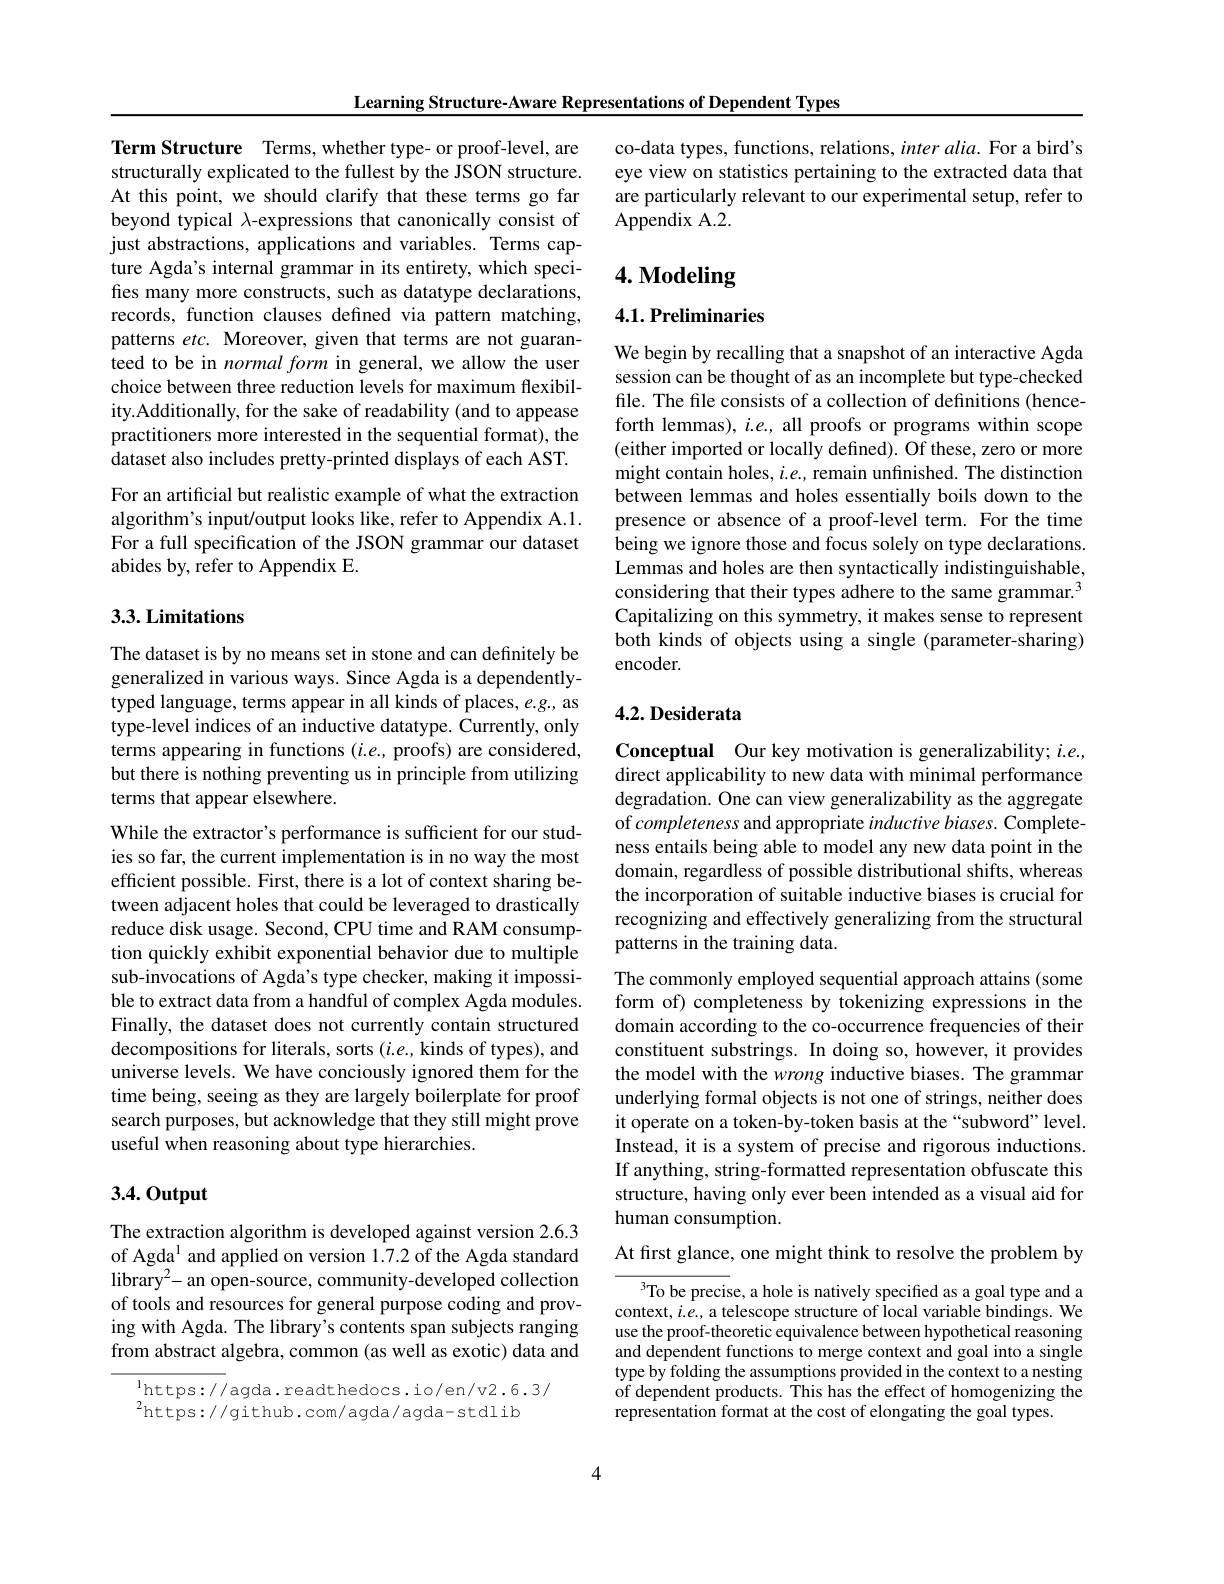
Learning Structure-Aware Representations of Dependent Types

Term Structure Terms, whether type- or proof-level, are structurally explicated to the fullest by the JSON structure. At this point, we should clarify that these terms go far beyond typical $\lambda$-expressions that canonically consist of just abstractions, applications and variables. Terms capture Agda's internal grammar in its entirety, which specifies many more constructs, such as datatype declarations, records, function clauses defined via pattern matching, patterns $etc.$ Moreover, given that terms are not guaranteed to be in normal form in general, we allow the user choice between three reduction levels for maximum flexibility.Additionally, for the sake of readability (and to appease practitioners more interested in the sequential format), the dataset also includes pretty-printed displays of each AST. For an artificial but realistic example of what the extraction algorithm's input/output looks like, refer to Appendix A.1. For a full specification of the JSON grammar our dataset abides by, refer to Appendix E.

### 3.3.Limitations

The dataset is by no means set in stone and can definitely be generalized in various ways. Since Agda is a dependentlytyped language, terms appear in all kinds of places, e.g. as type-level indices of an inductive datatype. Currently, only terms appearing in functions ($i.e.$, proofs) are considered, but there is nothing preventing us in principle from utilizing terms that appear elsewhere.

While the extractor's performance is sufficient for our studies so far, the current implementation is in no way the most efficient possible. First, there is a lot of context sharing between adjacent holes that could be leveraged to drastically reduce disk usage. Second, CPU time and RAM consumption quickly exhibit exponential behavior due to multiple sub-invocations of Agda's type checker, making it impossible to extract data from a handful of complex Agda modules. Finally, the dataset does not currently contain structured decompositions for literals, sorts ($i.e.$, kinds of types), and universe levels. We have conciously ignored them for the time being, seeing as they are largely boilerplate for proof search purposes, but acknowledge that they still might prove useful when reasoning about type hierarchies.

### $3.4.0utput$

The extraction algorithm is developed against version 2.6.3 of Agda$^{1}$ and applied on version 1.7.2 of the Agda standard $library^{2}-an$ open-source, community-developed collection of tools and resources for general purpose coding and proving with Agda. The library's contents span subjects ranging from abstract algebra, common (as well as exotic) data and

$\mathrm{l}_{\mathrm{https://agda.readthedocs.io/en/v2.6.3/}}$
$^{2}$https://github.com/agda/agda-stdlib

co-data types, functions, relations, inter alia. For a bird's eye view on statistics pertaining to the extracted data that are particularly relevant to our experimental setup, refer to $\bar{\mathrm{Appendix~A.2.}}$

# 4. Modeling

## 4.1. Preliminaries

We begin by recalling that a snapshot of an interactive Agda session can be thought of as an incomplete but type-checked file. The file consists of a collection of definitions (hence-) forth lemmas), $i.e.$, all proofs or programs within scope (either imported or locally defined). Of these, zero or more might contain holes, $i.e.$, remain unfinished. The distinction between lemmas and holes essentially boils down to the presence or absence of a proof-level term. For the time being we ignore those and focus solely on type declarations. Lemmas and holes are then syntactically indistinguishable, considering that their types adhere to the same grammar.$^{3}$ Capitalizing on this symmetry, it makes sense to represent both kinds of objects using a single (parameter-sharing) encoder.

### 4.2. Desiderata

Conceptual Our key motivation is generalizability; $i.e.$, direct applicability to new data with minimal performance degradation. One can view generalizability as the aggregate of completeness and appropriate inductive biases. Completeness entails being able to model any new data point in the domain, regardless of possible distributional shifts, whereas the incorporation of suitable inductive biases is crucial for recognizing and effectively generalizing from the structural patterns in the training data.

The commonly employed sequential approach attains (some form of) completeness by tokenizing expressions in the domain according to the co-occurrence frequencies of their constituent substrings. In doing so, however, it provides the model with the wrong inductive biases. The grammar underlying formal objects is not one of strings, neither does it operate on a token-by-token basis at the“subword”level. Instead, it is a system of precise and rigorous inductions If anything, string-formatted representation obfuscate this structure, having only ever been intended as a visual aid for human consumption.

At first glance, one might think to resolve the problem by

${^3\text{To be precis}}$e, a hole is natively specified as a goal type and a context, $i.e.$, a telescope structure of local variable bindings. We use the proof-theoretic equivalence between hypothetical reasoning and dependent functions to merge context and goal into a single type by folding the assumptions provided in the context to a nesting of dependent products. This has the effect of homogenizing the representation format at the cost of elongating the goal types

4